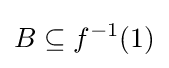
B\subseteq f^{-1}(1)